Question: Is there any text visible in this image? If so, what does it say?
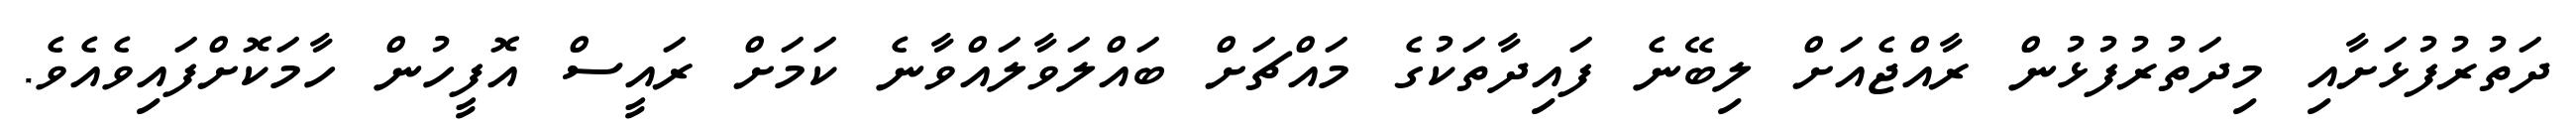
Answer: ދަތުރުފުޅަށާއި މިދަތުރުފުޅުން ރާއްޖެއަށް ލިބޭނެ ފައިދާތަކުގެ މައްޗަށް ބައްލަވާލައްވާނެ ކަމަށް ރައީސް އޮފީހުން ހާމަކޮށްފައިވެއެވެ.